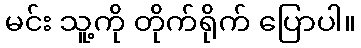
မင်း သူ့ကို တိုက်ရိုက် ပြောပါ။